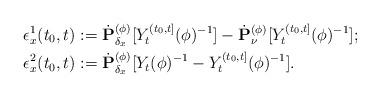
LaTeX: \begin{align*} \epsilon_x^1(t_0,t) &:= \dot {\mathbf P}_{\delta_x}^{(\phi)} [Y^{(t_0,t]}_t(\phi)^{-1}] - \dot {\mathbf P}_\nu^{(\phi)} [Y^{(t_0,t]}_t(\phi)^{-1}]; \\\epsilon_x^2(t_0,t) &:= \dot{\mathbf P}_{\delta_x}^{(\phi)}[Y_t(\phi)^{-1} - Y^{(t_0,t]}_t(\phi)^{-1}]. \end{align*}